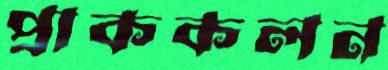
প্রাককলন